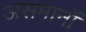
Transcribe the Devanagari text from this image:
असमानॉ